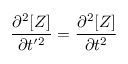
\frac { \partial ^ { 2 } [ Z ] } { \partial t ^ { \prime 2 } } = \frac { \partial ^ { 2 } [ Z ] } { \partial t ^ { 2 } }